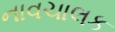
નાવચાલક